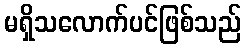
မရှိသလောက်ပင်ဖြစ်သည်